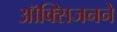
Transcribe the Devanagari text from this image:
ऑक्सिजनने